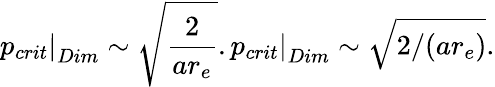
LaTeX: \left.p_{crit}\right|_{Dim}\sim\sqrt{\frac{2}{ar_{e}}}.\left.p_{crit}\right|_{Dim}\sim\sqrt{2/({ar_{e}})}.